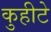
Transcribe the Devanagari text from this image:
कुहीटे